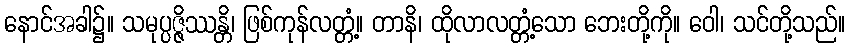
နောင်အခါ၌။ သမုပ္ပဇ္ဇိဿန္တိ၊ ဖြစ်ကုန်လတ္တံ့။ တာနိ၊ ထိုလာလတ္တံ့သော ဘေးတို့ကို။ ဝေါ၊ သင်တို့သည်။